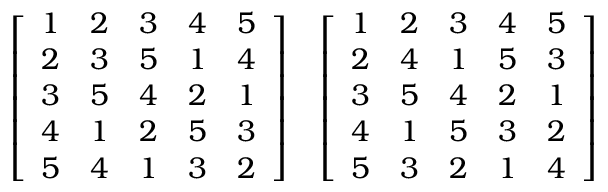
{ \left[ \begin{array} { l l l l l } { 1 } & { 2 } & { 3 } & { 4 } & { 5 } \\ { 2 } & { 3 } & { 5 } & { 1 } & { 4 } \\ { 3 } & { 5 } & { 4 } & { 2 } & { 1 } \\ { 4 } & { 1 } & { 2 } & { 5 } & { 3 } \\ { 5 } & { 4 } & { 1 } & { 3 } & { 2 } \end{array} \right] } \quad { \left[ \begin{array} { l l l l l } { 1 } & { 2 } & { 3 } & { 4 } & { 5 } \\ { 2 } & { 4 } & { 1 } & { 5 } & { 3 } \\ { 3 } & { 5 } & { 4 } & { 2 } & { 1 } \\ { 4 } & { 1 } & { 5 } & { 3 } & { 2 } \\ { 5 } & { 3 } & { 2 } & { 1 } & { 4 } \end{array} \right] }